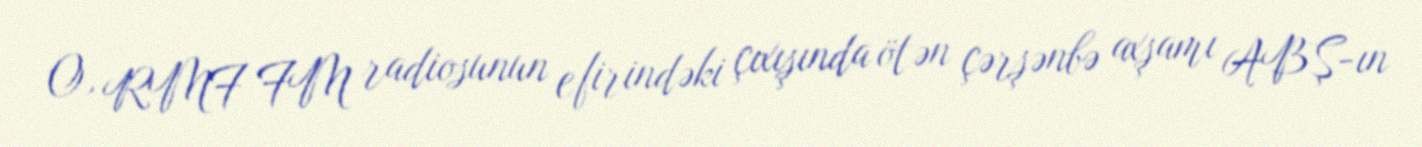
O, RMF FM radiosunun efirindəki çıxışında ötən çərşənbə axşamı ABŞ-ın